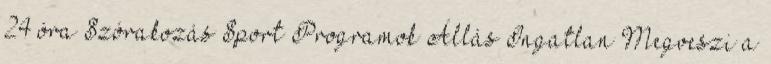
24 óra Szórakozás Sport Programok Állás Ingatlan Megveszi a